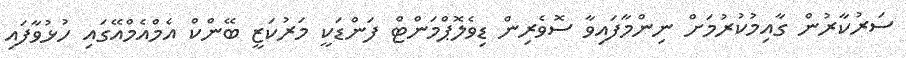
ސަރުކާރުން ގާއިމުކުރުމަށް ނިންމާފައިވާ ސޮވެރިން ޑިވެލޮޕްމަންޓް ފަންޑަކީ މަރުކަޒީ ބޭންކް އެމްްއެމްއޭގައި ހުޅުވާފައި